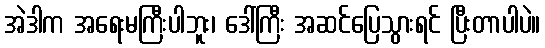
အဲဒါက အရေးမကြီးပါဘူး၊ ဒေါ်ကြီး အဆင်ပြေသွားရင် ပြီးတာပါပဲ။